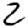
Digit: 2